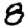
Digit: 8